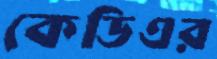
কেডিএর